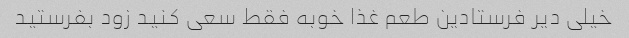
خیلی دیر فرستادین طعم غذا خوبه فقط سعی کنید زود بفرستید